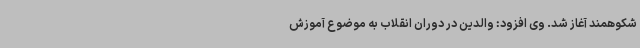
شکوهمند آغاز شد. وی افزود: والدین در دوران انقلاب به موضوع آموزش